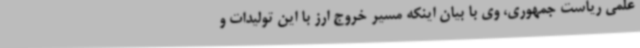
علمی ریاست جمهوری، وی با بیان اینکه مسیر خروج ارز با این تولیدات و